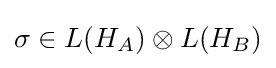
\sigma \in L(H_{A})\otimes L(H_{B})